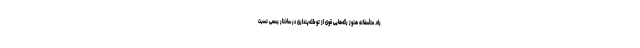
راه. متأسفانه هنوز رگه‌هایی قوی از توطئه‌پنداری در ساختار رسمی نسبت